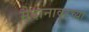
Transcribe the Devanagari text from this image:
मैदानावरच्या